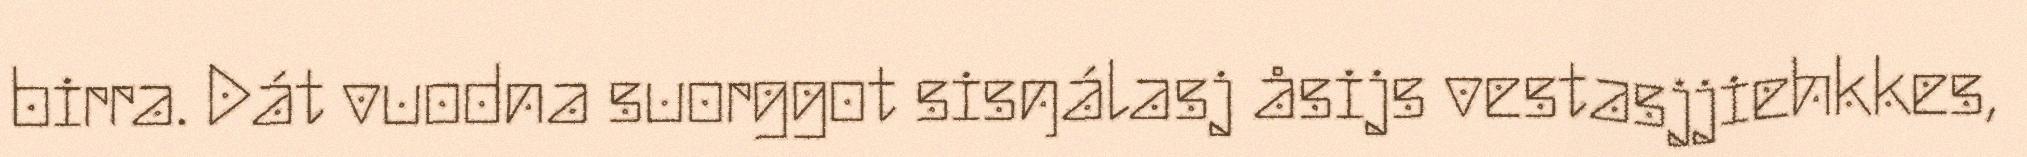
birra. Dát vuodna suorggot sisŋálasj åsijs vestasjjiehkkes,